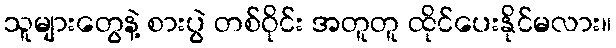
သူများတွေနဲ့ စားပွဲ တစ်ဝိုင်း အတူတူ ထိုင်ပေးနိုင်မလား။